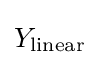
Y_{\mathrm {linear} }